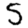
Digit: 5